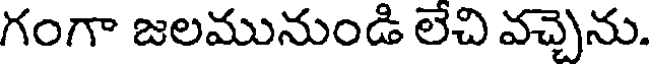
గంగా జలమునుండి లేచి వచ్చెను.